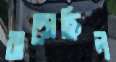
ঝল্‌সেছিল